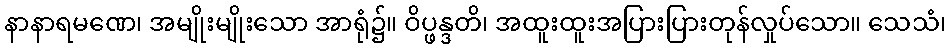
နာနာရမဏေ၊ အမျိုးမျိုးသော အာရုံ၌။ ဝိပ္ဖန္ဒတိ၊ အထူးထူးအပြားပြားတုန်လှုပ်သော။ သေသံ၊